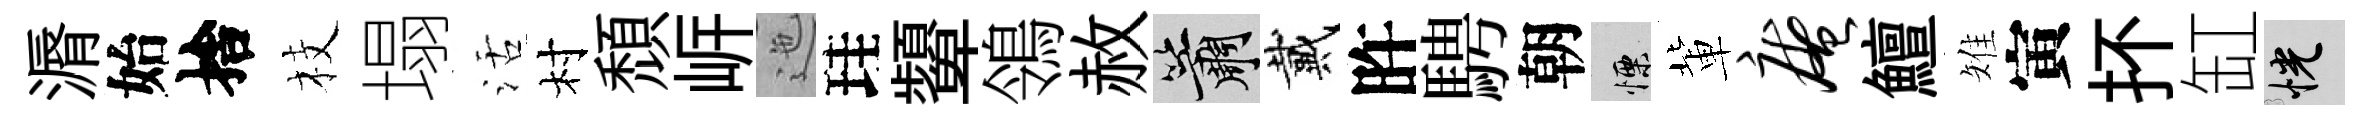
漘始捨枝塌活村頹㟁迤珪顰鴒赦簫戴旿騁朝慄軰庵鱣雉寅抔缸恍